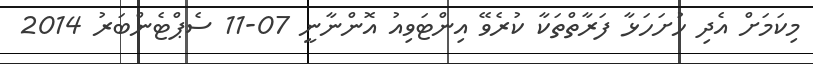
މިކަމަށް އެދި ހުށަހަޅާ ފަރާތްތަކާ ކުރެވޭ އިންޓަވިއު އޮންނާނީ 07-11 ސެޕްޓެންބަރު 2014